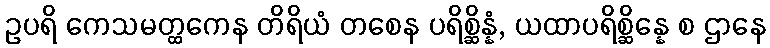
ဥပရိ ကေသမတ္ထကေန တိရိယံ တစေန ပရိစ္ဆိန္နံ, ယထာပရိစ္ဆိန္နေ စ ဌာနေ